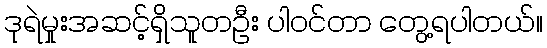
ဒုရဲမှုးအဆင့်ရှိသူတဦး ပါဝင်တာ တွေ့ရပါတယ်။